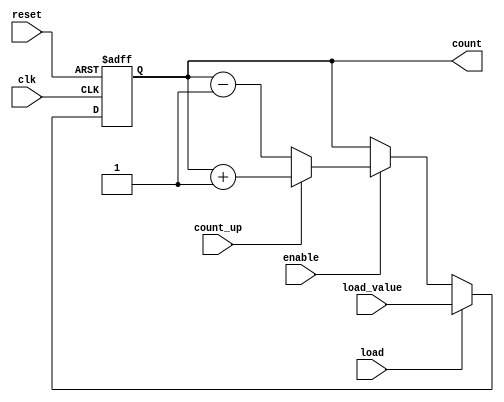
module ChainedParallelCounter (
    input wire clk,           // Clock signal
    input wire reset,         // Asynchronous reset
    input wire enable,        // Enable signal
    input wire load,          // Load signal
    input wire [N-1:0] load_value, // Value to load into the counter
    input wire count_up,      // Count up or down control
    output reg [N-1:0] count  // Current count output
);
    parameter N = 4; // Number of bits in the counter

    // Chained Counter Logic
    // D flip-flops for each bit of the counter
    reg [N-1:0] next_count;

    always @(posedge clk or posedge reset) begin
        if (reset) begin
            count <= 0; // Reset counter to 0
        end else if (load) begin
            count <= load_value; // Load specified value
        end else if (enable) begin
            count <= next_count; // Update count
        end
    end

    // Combinational logic to determine next state
    always @(*) begin
        if (count_up) begin
            next_count = count + 1; // Increment
        end else begin
            next_count = count - 1; // Decrement
        end
    end

endmodule